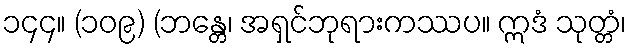
၁၄၄။ (၁၀၉) (ဘန္တေ၊ အရှင်ဘုရားကဿပ။ ဣဒံ သုတ္တံ၊